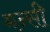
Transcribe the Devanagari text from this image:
मन्सी